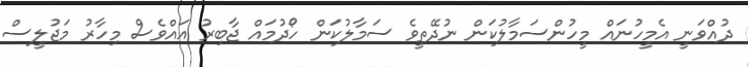
ދުއްވަނީ އެމީހުނައް މީހުންސަމާލުކަން ނުދޭތީވެ ސަމާލުކަން ހޯދުމައް ޖާބިރު އައްވެސް މިހާރު މަޖުލީސް